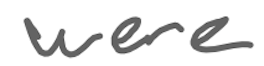
Text: were
Cross-out: clean
Writing tool: digital_gray